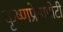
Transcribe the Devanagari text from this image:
कृष्णप्रेमापोटी